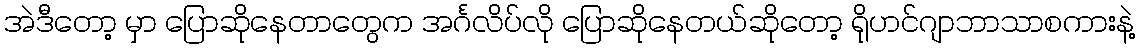
အဲဒီတော့ မှာ ပြောဆိုနေတာတွေက အင်္ဂလိပ်လို ပြောဆိုနေတယ်ဆိုတော့ ရိုဟင်ဂျာဘာသာစကားနဲ့